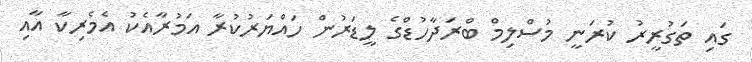
ގައި ތަގުރީރު ކުރަނީ މުސްލިމް ބްރަދާހުޑްގެ ލީޑަރުން ހައްޔަރުކުރާ އަމުރާއެކު އެމެރިކާ އާއި